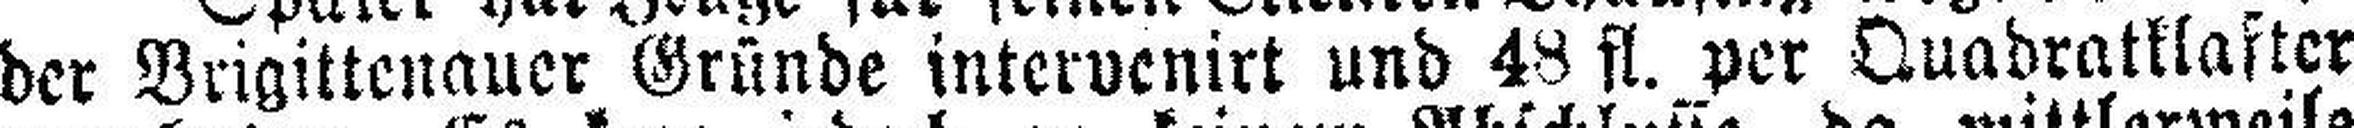
der Brigittenauer Gründe intervenirt und 48 fl. per Quadratklafter